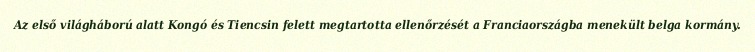
Az első világháború alatt Kongó és Tiencsin felett megtartotta ellenőrzését a Franciaországba menekült belga kormány.